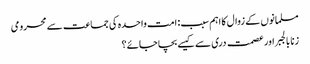
مسلمانوں کے زوال کا اہم سبب: امت واحدہ کی جماعت سے محرومی
زنا بالجبر اور عصمت دری سے کیسے بچا جائے؟